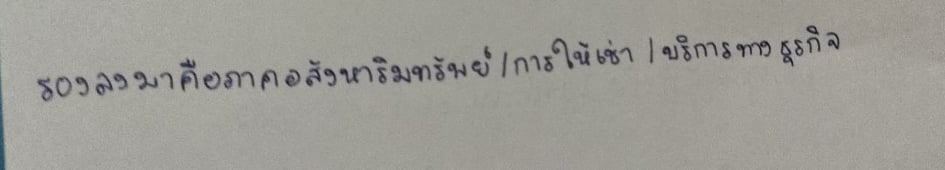
รองลงมาคือภาคอสังหาริมทรัพย์/การให้เช่า/บริการทางธุรกิจ